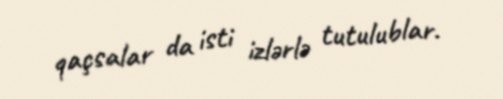
qaçsalar da isti izlərlə tutulublar.